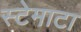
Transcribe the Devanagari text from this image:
स्टेमाटा